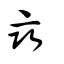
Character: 䜌